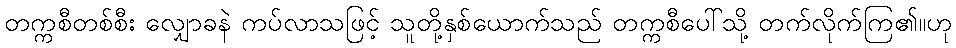
တက္ကစီတစ်စီး လျှောခနဲ ကပ်လာသဖြင့် သူတို့နှစ်ယောက်သည် တက္ကစီပေါ်သို့ တက်လိုက်ကြ၏။ဟု